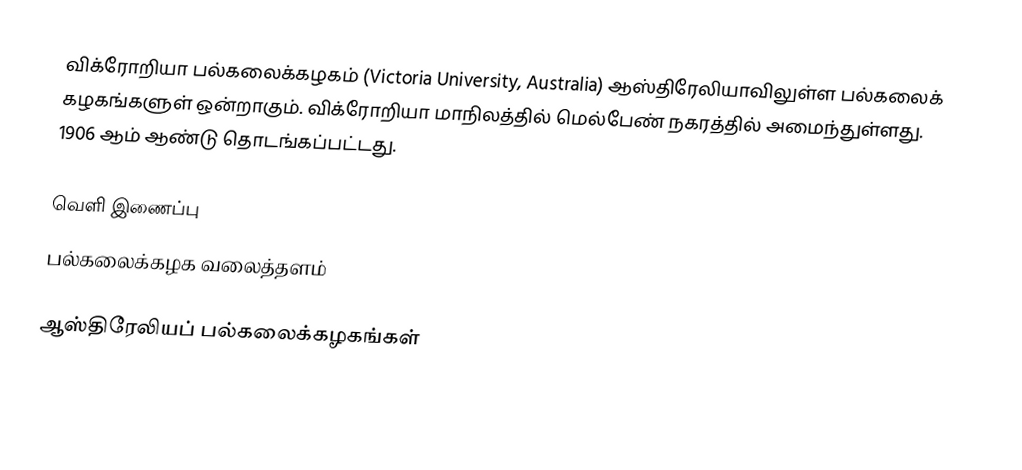
விக்ரோறியா பல்கலைக்கழகம் (Victoria University, Australia) ஆஸ்திரேலியாவிலுள்ள பல்கலைக் கழகங்களுள் ஒன்றாகும். விக்ரோறியா மாநிலத்தில் மெல்பேண் நகரத்தில் அமைந்துள்ளது. 1906 ஆம் ஆண்டு தொடங்கப்பட்டது.

வெளி இணைப்பு
 பல்கலைக்கழக வலைத்தளம்

ஆஸ்திரேலியப் பல்கலைக்கழகங்கள்